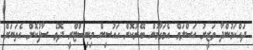
ދައްކަމުންދާ ވަޒީރު އަސްލަމް އެމަގާމުން ބޭރުކޮށް ހައުސިން މިނިސްޓްރީ ދޮވެ ސާފުކޮށް އެތަނަށް